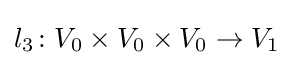
l_{3}\colon V_{0}\times V_{0}\times V_{0}\to V_{1}